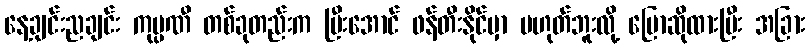
နေ့ချင်းညချင်း ကုမ္ပဏီ တစ်ခုတည်းက ပြီးအောင် ဖန်တီးနိုင်မှာ မဟုတ်ဘူးလို့ ပြောဆိုထားပြီး အခြား